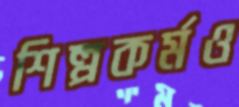
শিল্পকর্মও